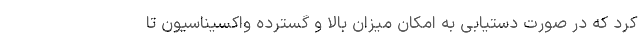
کرد که در صورت دستیابی به امکان میزان بالا و گسترده واکسیناسیون تا